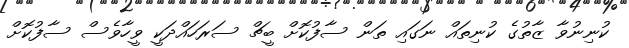
ކުނިނުވާ ޒާތުގެ ކުނިތައް ނަގައި ތަން ސާފުކޮށް ބީޗް ސަރަހައްދަކީ ވީހާވެސް ސާފުކޮށް